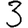
Digit: 3